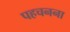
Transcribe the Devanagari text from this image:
पहचनना